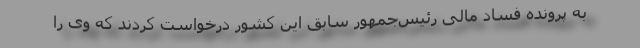
به پرونده فساد مالی رئیس‌جمهور سابق این کشور درخواست کردند که وی را